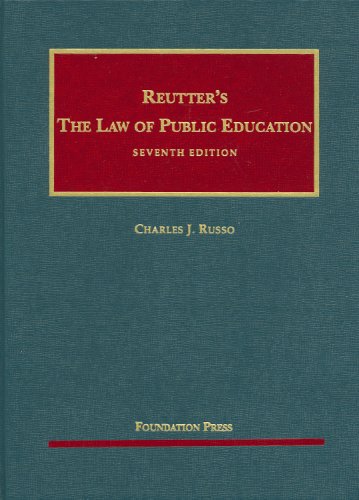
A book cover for Reutter's The Law of Public Education; Charles J. Russo; Law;